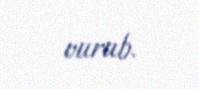
vurub.